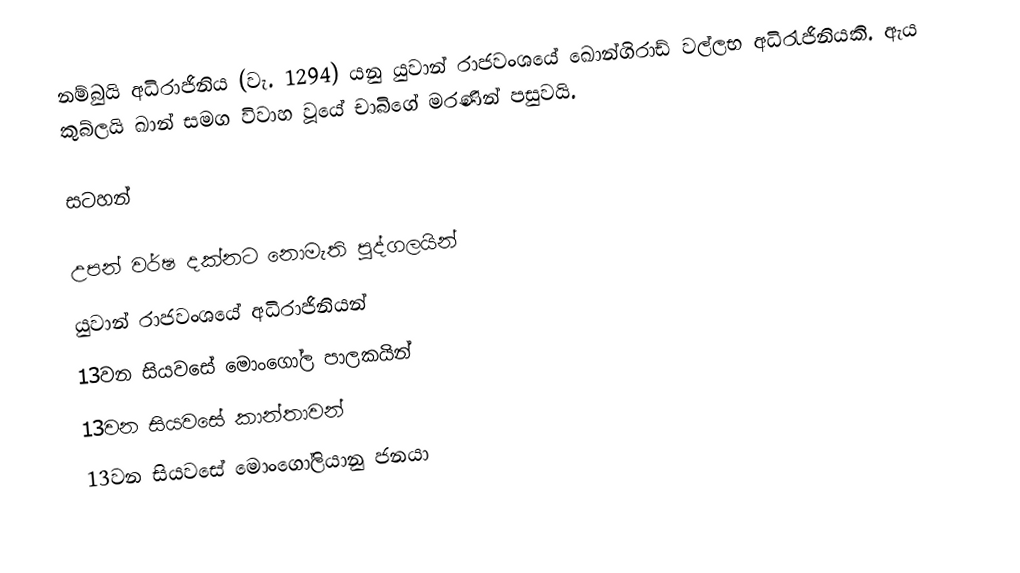
නම්බුයි අධිරාජිනිය (වැ. 1294) යනු යුවාන් රාජවංශයේ ඛොන්ගිරාඩ් වල්ලභ අධිරැජිනියකි. ඇය කුබ්ලයි ඛාන් සමග විවාහ වූයේ චාබිගේ මරණින් පසුවයි.

සටහන්

උපන් වර්ෂ දක්නට නොමැති පුද්ගලයින්
යුවාන් රාජවංශයේ අධිරාජිනියන්
13වන සියවසේ මොංගෝල පාලකයින්
13වන සියවසේ කාන්තාවන්
13වන සියවසේ මොංගෝලියානු ජනයා